Annual report of the Madras Medical College
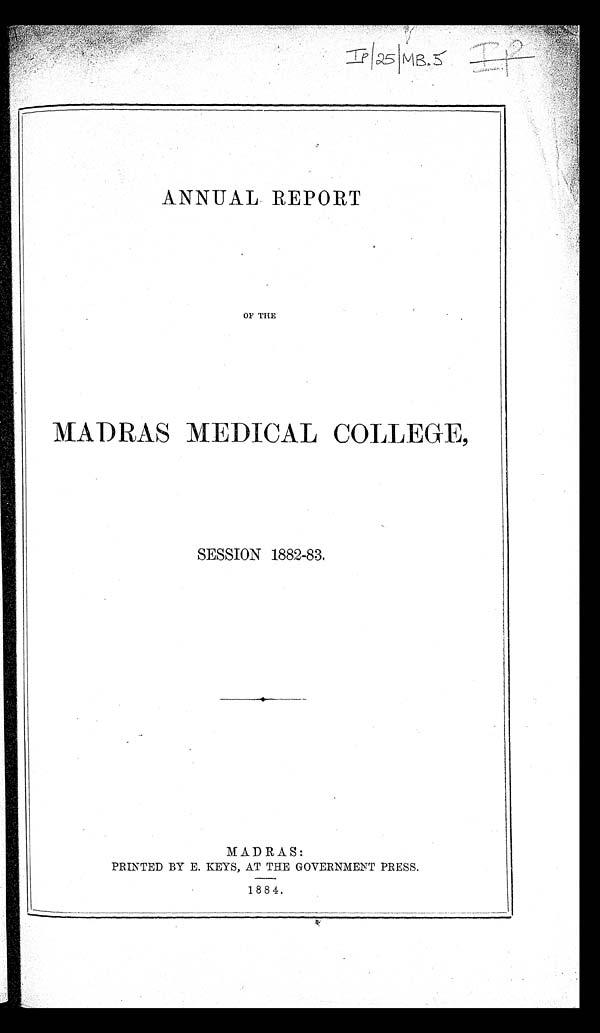
ANNUAL REPORT
OF THE
MADRAS MEDICAL COLLEGE,
SESSION 1882-83.
MADRAS:
PRINTED BY E. KEYS, AT THE GOVERNMENT PRESS.
1884.